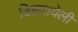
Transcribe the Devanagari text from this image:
डिझरायेली